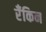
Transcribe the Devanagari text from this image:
रँकिन